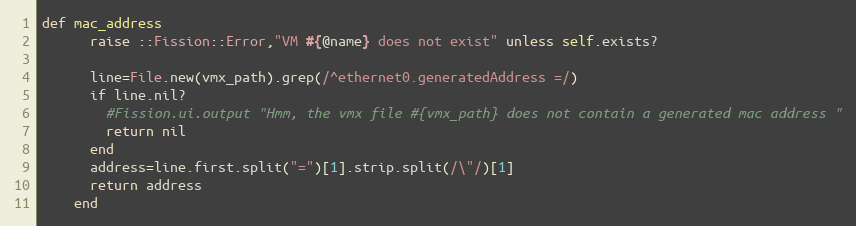
Language: Ruby
def mac_address
      raise ::Fission::Error,"VM #{@name} does not exist" unless self.exists?

      line=File.new(vmx_path).grep(/^ethernet0.generatedAddress =/)
      if line.nil?
        #Fission.ui.output "Hmm, the vmx file #{vmx_path} does not contain a generated mac address "
        return nil
      end
      address=line.first.split("=")[1].strip.split(/\"/)[1]
      return address
    end